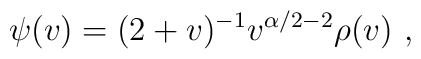
\psi(v) = (2+v)^{-1} v^{\alpha/2-2} \rho(v)~,